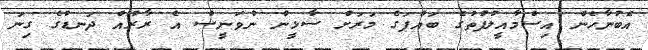
އެބުނާހެން އިސްމާއީލުފުތުގެ ބައްޕަގެ މަރަށް ސާޅީން ނުވަނީސް އެ ރާރުއް ދަނޑުގެ ގިނަ